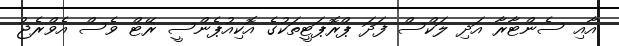
އާއި ސެންޓާރާ އަދި ލަކްސް ފަދަ ޕްރޮޕަޓީތަކުގެ އޮކިއުޕެންސީ ރޭޓް ވެސް އެވްރެޖު